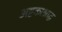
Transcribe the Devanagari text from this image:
अष्टकाश्राद्ध